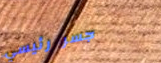
جسر رئيسي